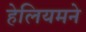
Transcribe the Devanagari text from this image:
हेलियमने